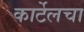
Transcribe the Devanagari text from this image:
कार्टेलचा